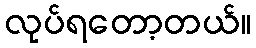
လုပ်ရတော့တယ်။